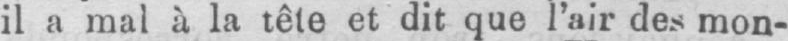
il a mal à la tête et dit que l’air des mon-